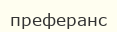
преферанс